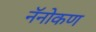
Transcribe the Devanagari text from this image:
नॅनोकण